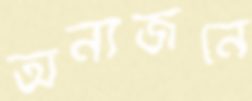
অন্যজনে